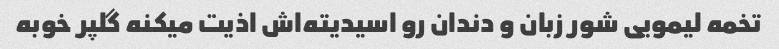
تخمه لیمویی شور زبان و دندان رو اسیدیته‌اش اذیت میکنه گلپر خوبه